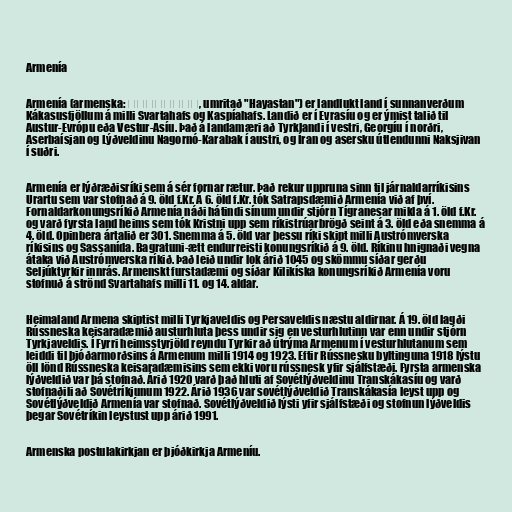
Armenía

Armenía (armenska: Հայաստան, umritað "Hayastan") er landlukt land í sunnanverðum
Kákasusfjöllum á milli Svartahafs og Kaspíahafs. Landið er í Evrasíu og er ýmist talið til
Austur-Evrópu eða Vestur-Asíu. Það á landamæri að Tyrklandi í vestri, Georgíu í norðri,
Aserbaísjan og Lýðveldinu Nagornó-Karabak í austri, og Íran og asersku útlendunni Naksjivan
í suðri.

Armenía er lýðræðisríki sem á sér fornar rætur. Það rekur uppruna sinn til járnaldarríkisins
Urartu sem var stofnað á 9. öld f.Kr. Á 6. öld f.Kr. tók Satrapsdæmið Armenía við af því.
Fornaldarkonungsríkið Armenía náði hátindi sínum undir stjórn Tígranesar mikla á 1. öld f.Kr.
og varð fyrsta land heims sem tók Kristni upp sem ríkistrúarbrögð seint á 3. öld eða snemma á
4. öld. Opinbera ártalið er 301. Snemma á 5. öld var þessu ríki skipt milli Austrómverska
ríkisins og Sassanída. Bagratuni-ætt endurreisti konungsríkið á 9. öld. Ríkinu hnignaði vegna
átaka við Austrómverska ríkið. Það leið undir lok árið 1045 og skömmu síðar gerðu
Seljúktyrkir innrás. Armenskt furstadæmi og síðar Kilikíska konungsríkið Armenía voru
stofnuð á strönd Svartahafs milli 11. og 14. aldar.

Heimaland Armena skiptist milli Tyrkjaveldis og Persaveldis næstu aldirnar. Á 19. öld lagði
Rússneska keisaradæmið austurhluta þess undir sig en vesturhlutinn var enn undir stjórn
Tyrkjaveldis. Í Fyrri heimsstyrjöld reyndu Tyrkir að útrýma Armenum í vesturhlutanum sem
leiddi til þjóðarmorðsins á Armenum milli 1914 og 1923. Eftir Rússnesku byltinguna 1918 lýstu
öll lönd Rússneska keisaradæmisins sem ekki voru rússnesk yfir sjálfstæði. Fyrsta armenska
lýðveldið var þá stofnað. Árið 1920 varð það hluti af Sovétlýðveldinu Transkákasíu og varð
stofnaðili að Sovétríkjunum 1922. Árið 1936 var sovétlýðveldið Transkákasía leyst upp og
Sovétlýðveldið Armenía var stofnað. Sovétlýðveldið lýsti yfir sjálfstæði og stofnun lýðveldis
þegar Sovétríkin leystust upp árið 1991.

Armenska postulakirkjan er þjóðkirkja Armeníu.